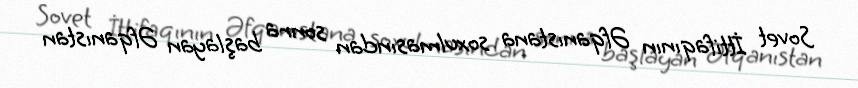
Sovet İttifaqının Əfqanıstana soxulmasından sonra başlayan Əfqanıstan